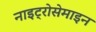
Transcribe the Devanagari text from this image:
नाइट्रोसेमाइन